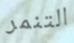
التنمر